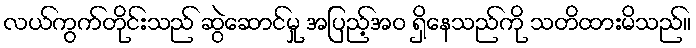
လယ်ကွက်တိုင်းသည် ဆွဲဆောင်မှု အပြည့်အဝ ရှိနေသည်ကို သတိထားမိသည်။